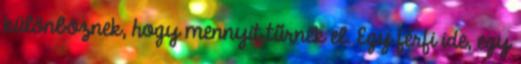
különböznek, hogy mennyit tűrnek el. Egy férfi ide, egy